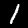
Digit: 1